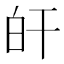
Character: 𤽂